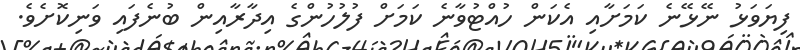
ފިޔަވަޅު ނޭޅޭނެ ކަަމަށާއި އެކަން ހުއްޓުވާނެ ކަމަށް ފުލުހުންގެ އިދާރާއިން ބުނެފައި ވަނިކޮށެވެ.